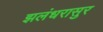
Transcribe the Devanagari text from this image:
झलंधरासुर